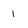
Character: 1